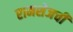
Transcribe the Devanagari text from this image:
रामशेजची